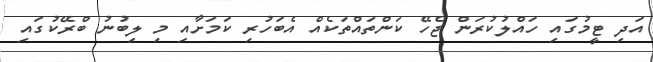
އަދި ޓީމުގައި ހައްލުކުރަން ޖެހޭ ކަންތައްތަކެއް އެބަހުރި ކަމަށާއި މި ލިބުނު ބްރޭކުގައި